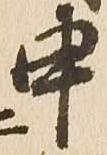
申